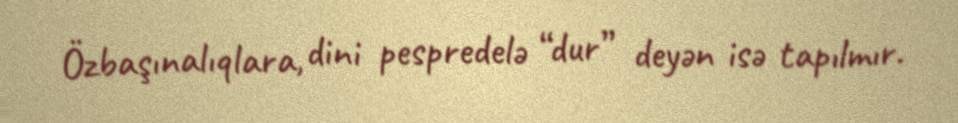
Özbaşınalıqlara, dini pespredelə “dur” deyən isə tapılmır.